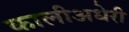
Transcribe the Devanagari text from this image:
कालीअधेरी